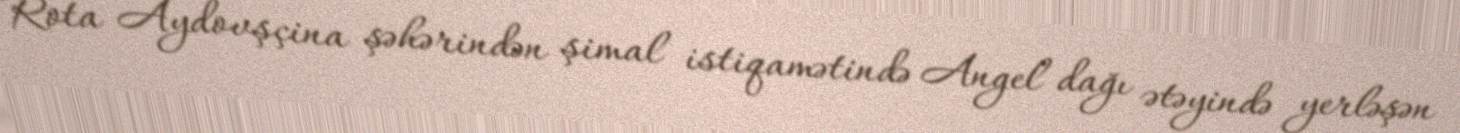
Rota Aydovşçina şəhərindən şimal istiqamətində Angel dağı ətəyində yerləşən